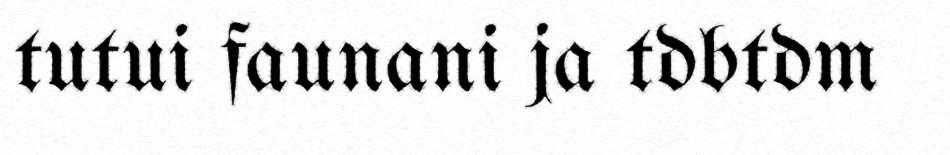
tutui faunani ja tdbtdm